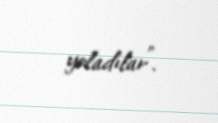
yoladılar”.